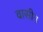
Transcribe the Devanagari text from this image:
वासीन